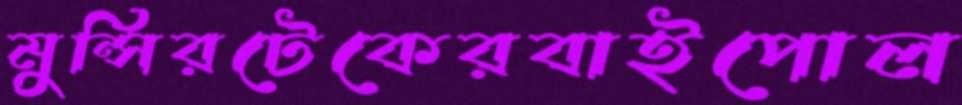
মুন্সিরটেকেরবাইপোল